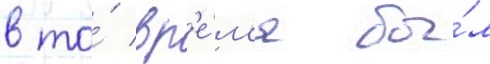
в то́ вр'е́м'я бы́л